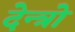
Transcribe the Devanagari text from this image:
देन्त्रो